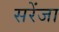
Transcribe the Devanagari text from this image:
सरेंजा